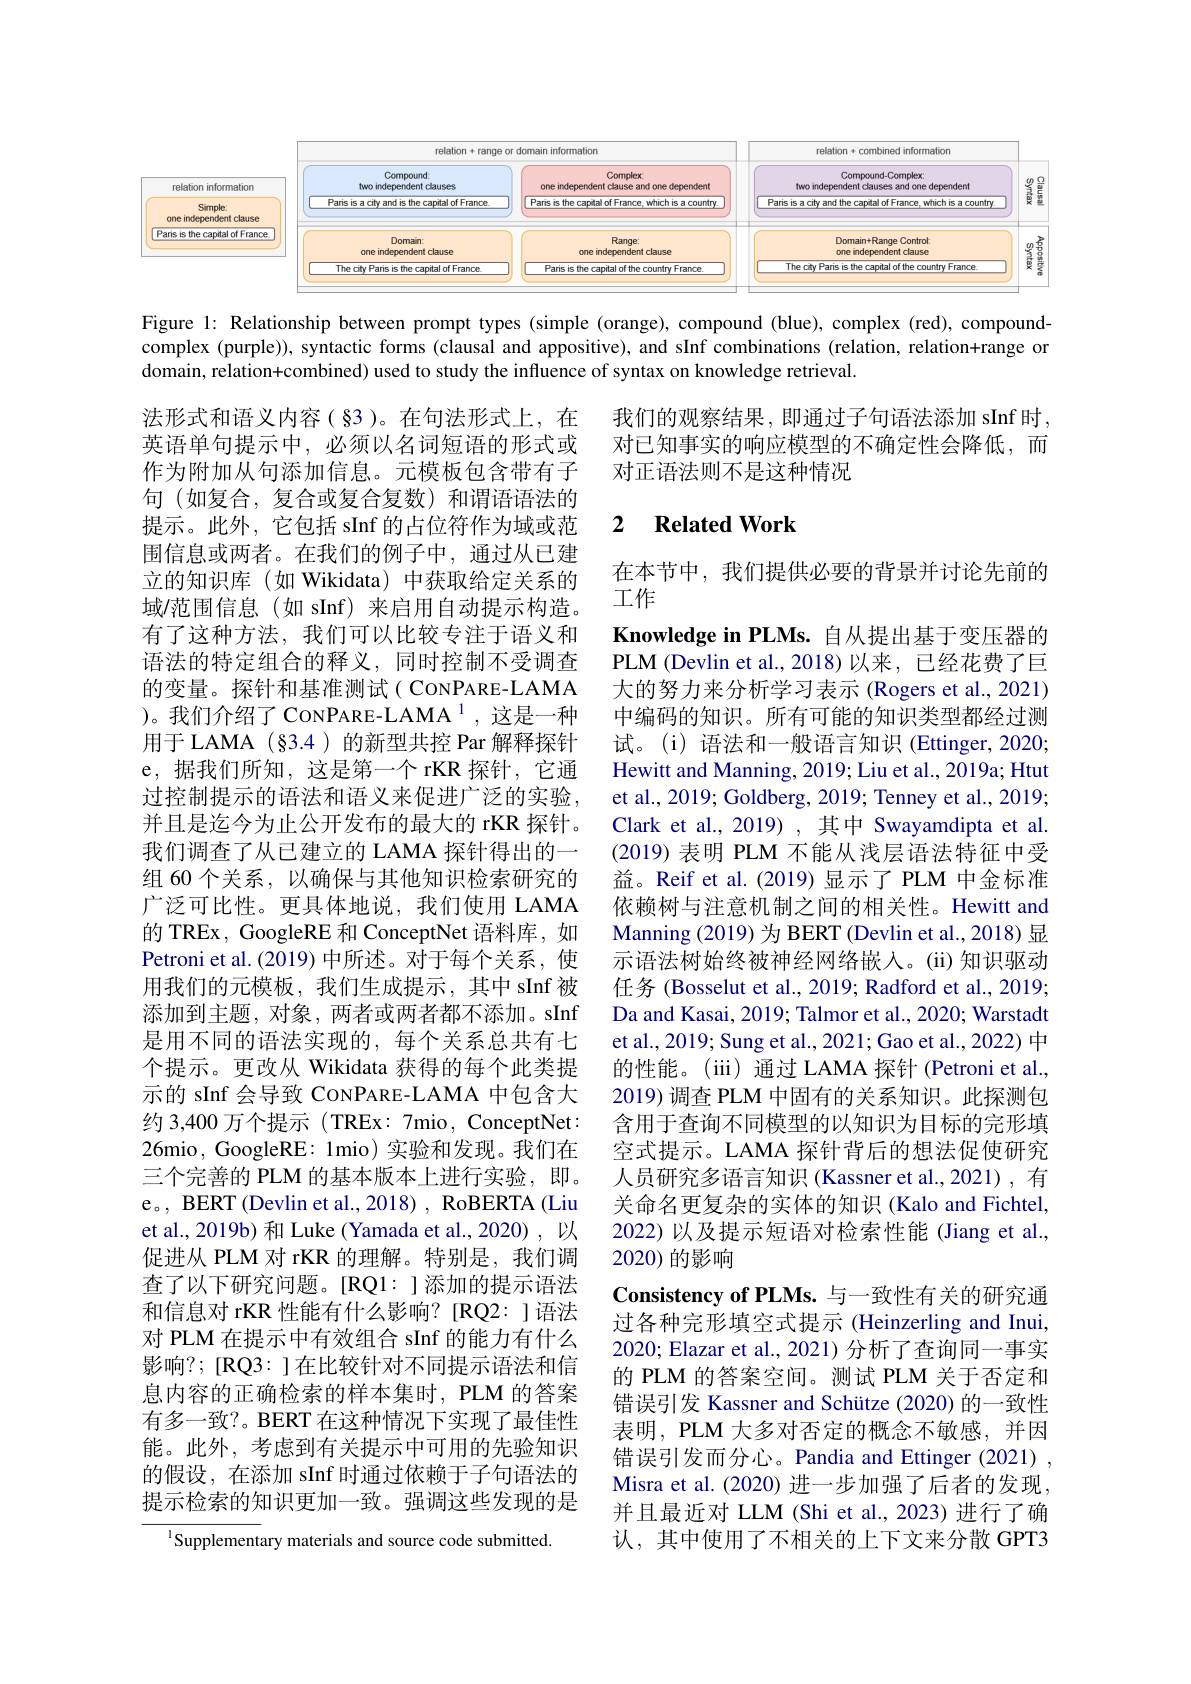
<FigureHere>

Figure 1: Relationship between prompt types (simple (orange), compound (blue), complex (red), compoundcomplex (purple)), syntactic forms (clausal and appositive), and sInf combinations (relation, relation+range or domain, relation+combined) used to study the influence of syntax on knowledge retrieval

我们的观察结果，即通过子句语法添加 sInf 时， 对已知事实的响应模型的不确定性会降低，而对正语法则不是这种情况

# 2 $\textbf{Related Work}$

法形式和语义内容(§3)。在句法形式上，在英语单句提示中，必须以名词短语的形式或作为附加从句添加信息。元模板包含带有子句(如复合，复合或复合复数)和谓语语法的提示。此外，它包括 sInf 的占位符作为域或范围信息或两者。在我们的例子中，通过从已建立的知识库(如 Wikidata) 中获取给定关系的域/范围信息(如 sInf)来启用自动提示构造。有了这种方法，我们可以比较专注于语义和语法的特定组合的释义，同时控制不受调查的变量。探针和基准测试( CONPARE-LAMA )。我们介绍了 CONPARE-LAMA$^{1}$,这是一种用于 LAMA (§3.4) 的新型共控 Par 解释探针e,据我们所知，这是第一个 rKR 探针，它通过控制提示的语法和语义来促进广泛的实验， 并且是迄今为止公开发布的最大的 rKR 探针。我们调查了从已建立的 LAMA 探针得出的一组 60 个关系，以确保与其他知识检索研究的广泛可比性。更具体地说，我们使用 LAMA 的 TREx, GoogleRE 和 ConceptNet 语料库，如Petroni et al. (2019) 中所述。对于每个关系，使用我们的元模板，我们生成提示，其中 sInf 被添加到主题，对象，两者或两者都不添加。sInf 是用不同的语法实现的，每个关系总共有七个提示。更改从 Wikidata 获得的每个此类提示的 sInf 会导致 CONPARE-LAMA 中包含大约 3,400 万个提示(TREx: 7mio, ConceptNet: 26mio, GoogleRE: 1mio) 实验和发现。我们在三个完善的 PLM 的基本版本上进行实验，即。e。, BERT (Devlin et al., 2018) , RoBERTA (Liu et al., 2019b) 和 Luke (Yamada et al., 2020) , 以促进从 PLM 对 rKR 的理解。特别是，我们调查了以下研究问题。[RQ1:]添加的提示语法和信息对 rKR 性能有什么影响？[RQ2:]语法对 PLM 在提示中有效组合 sInf 的能力有什么影响？;[RQ3:]在比较针对不同提示语法和信息内容的正确检索的样本集时，PLM 的答案有多一致？。BERT 在这种情况下实现了最佳性能。此外，考虑到有关提示中可用的先验知识的假设，在添加 sInf 时通过依赖于子句语法的提示检索的知识更加一致。强调这些发现的是
$^{\mathrm{l}}$Supplementary materials and source code submitted.

在本节中，我们提供必要的背景并讨论先前的
工作
Knowledge in PLMs. 自从提出基于变压器的PLM (Devlin et al.,2018)以来，已经花费了巨大的努力来分析学习表示 (Rogers et al., 2021) 中编码的知识。所有可能的知识类型都经过测试。(i)语法和一般语言知识 (Ettinger,2020; Hewitt and Manning, 2019; Liu et al., 2019a; Htut et al., 2019; Goldberg, 2019; Tenney et al., 2019; Clark et al.,2019) ,其中 Swayamdipta et al (2019) 表明 PLM 不能从浅层语法特征中受益。Reif et al.(2019)显示了 PLM 中金标准依赖树与注意机制之间的相关性。Hewitt and Manning (2019) 为 BERT (Devlin et al., 2018) 显示语法树始终被神经网络嵌入。(ii)知识驱动任务 (Bosselut et al., 2019; Radford et al., 2019; Da and Kasai, 2019; Talmor et al., 2020; Warstadt et al., 2019; Sung et al., 2021; Gao et al., 2022) 中的性能。(iii) 通过 LAMA 探针 (Petroni et al., 2019) 调查 PLM 中固有的关系知识。此探测包含用于查询不同模型的以知识为目标的完形填空式提示。LAMA 探针背后的想法促使研究人员研究多语言知识 (Kassner et al.,2021),有关命名更复杂的实体的知识 (Kalo and Fichtel, 2022) 以及提示短语对检索性能 (Jiang et al., 2020) 的影响
Consistency of PLMs. 与一致性有关的研究通过各种完形填空式提示 (Heinzerling and Inui 2020; Elazar et al., 2021) 分析了查询同一事实的 PLM 的答案空间。测试 PLM 关于否定和错误引发 Kassner and Schütze (2020) 的一致性表明，PLM 大多对否定的概念不敏感，并因错误引发而分心。Pandia and Ettinger (2021) , Misra et al. (2020) 进一步加强了后者的发现， 并且最近对 LLM (Shi et al., 2023)进行了确认，其中使用了不相关的上下文来分散 GPT3